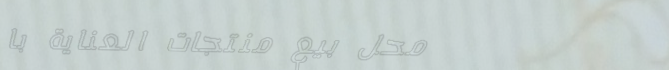
محل بيع منتجات العناية با